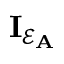
\mathbf { I } _ { \mathcal { E } _ { \mathbf { A } } }